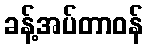
ခန့်အပ်တာဝန်